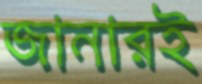
জানারই